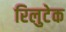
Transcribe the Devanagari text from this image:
रिलुटेक